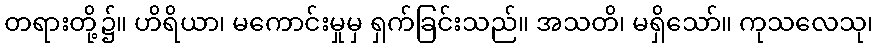
တရားတို့၌။ ဟိရိယာ၊ မကောင်းမှုမှ ရှက်ခြင်းသည်။ အသတိ၊ မရှိသော်။ ကုသလေသု၊